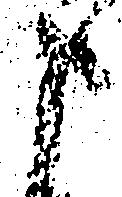
申